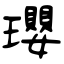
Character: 瓔